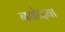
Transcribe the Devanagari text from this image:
नवोदया